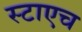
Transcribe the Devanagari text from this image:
स्टाएच